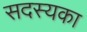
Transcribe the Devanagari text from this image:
सदस्यका